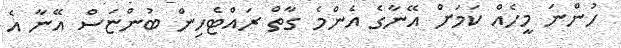
ހުންނަ މީހެއް ކަމަށް އޭނާގެ އެންމެ ގާތް ރައްޓެހިން ބުންޏަސް އޭނާ އެ